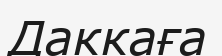
Даккаға